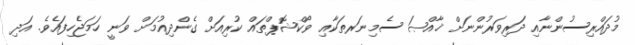
މުދައްރިސުންނާއި ދަރިވަރުންނަށް ޚާއްޞަ ސެމިނަރތަކާއި ވޯކްޝޮޕްތައް ކުރިއަށް ގެންދިއުމަށް ވަނީ ހަމަޖެހިފައެވެ. އަދި